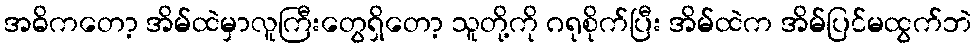
အဓိကတော့ အိမ်ထဲမှာလူကြီးတွေရှိတော့ သူတို့ကို ဂရုစိုက်ပြီး အိမ်ထဲက အိမ်ပြင်မထွက်ဘဲ